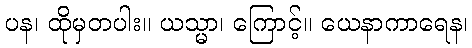
ပန၊ ထိုမှတပါး။ ယသ္မာ၊ ကြောင့်။ ယေနာကာရေန၊